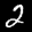
Label: 2